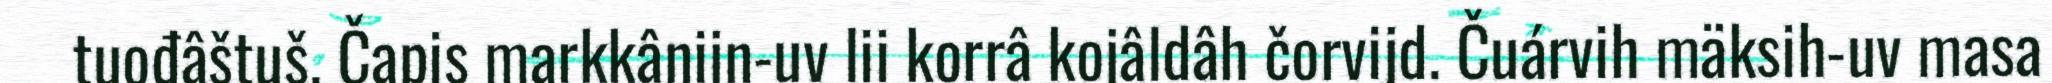
tuođâštuš. Čapis markkânijn-uv lii korrâ kojâldâh čorvijd. Čuárvih mäksih-uv masa